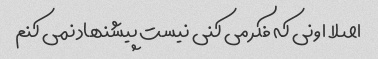
اصلا اونی که فکر می کنی نیست پیشنهاد نمی کنم